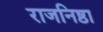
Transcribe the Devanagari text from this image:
राजनिष्ठा